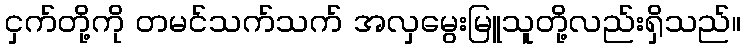
ငှက်တို့ကို တမင်သက်သက် အလှမွေးမြူသူတို့လည်းရှိသည်။